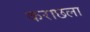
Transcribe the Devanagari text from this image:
कराछला